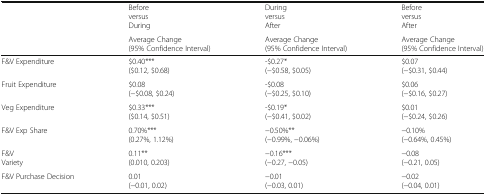
| <ROWSPAN=2>  | BeforeversusDuring | DuringversusAfter | BeforeversusAfter |
 | Average Change(95% Confidence Interval) | Average Change(95% Confidence Interval) | Average Change(95% Confidence Interval) |
 | --- | --- | --- | --- |
 | F&V Expenditure | $0.40***($0.12, $0.68) | -$0.27*(−$0.58, $0.05) | $0.07(−$0.31, $0.44) |
 | Fruit Expenditure | $0.08(−$0.08, $0.24) | -$0.08(−$0.25, $0.10) | $0.06(−$0.16, $0.27) |
 | Veg Expenditure | $0.33***($0.14, $0.51) | -$0.19*(−$0.41, $0.02) | $0.01(−$0.24, $0.26) |
 | F&V Exp Share | 0.70%***(0.27%, 1.12%) | −0.50%**(−0.99%, −0.06%) | −0.10%(−0.64%, 0.45%) |
 | F&VVariety | 0.11**(0.010, 0.203) | −0.16***(−0.27, −0.05) | −0.08(−0.21, 0.05) |
 | F&V Purchase Decision | 0.01(−0.01, 0.02) | −0.01(−0.03, 0.01) | −0.02(−0.04, 0.01) |